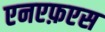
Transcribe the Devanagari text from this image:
एनएफ़एस